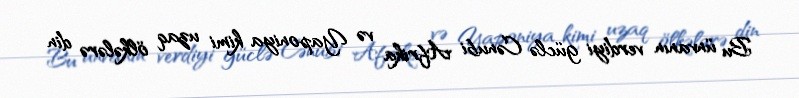
Bu ünvanın verdiyi güclə Cənubi Afrika və Yaponiya kimi uzaq ölkələrə din